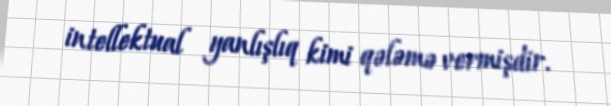
intellektual yanlışlıq kimi qələmə vermişdir.